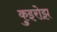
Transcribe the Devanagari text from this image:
कुइरोझ